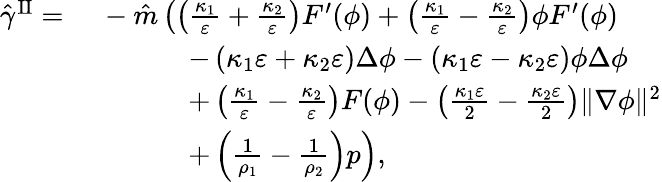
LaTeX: \begin{array}{rl}{\hat{\gamma}^{\mathrm{II}}=}&{~-\hat{m}\left(\left(\frac{\kappa_{1}}{\varepsilon}+\frac{\kappa_{2}}{\varepsilon}\right)F^{\prime}(\phi)+\left(\frac{\kappa_{1}}{\varepsilon}-\frac{\kappa_{2}}{\varepsilon}\right)\phi F^{\prime}(\phi)\right.}\\ &{~\quad\quad\quad\left.-\left(\kappa_{1}\varepsilon+\kappa_{2}\varepsilon\right)\Delta\phi-\left(\kappa_{1}\varepsilon-\kappa_{2}\varepsilon\right)\phi\Delta\phi\right.}\\ &{~\quad\quad\quad\left.+\left(\frac{\kappa_{1}}{\varepsilon}-\frac{\kappa_{2}}{\varepsilon}\right)F(\phi)-\left(\frac{\kappa_{1}\varepsilon}{2}-\frac{\kappa_{2}\varepsilon}{2}\right)\| \nabla\phi\| ^{2}\right.}\\ &{~\quad\quad\quad\left.+\left(\frac{1}{\rho_{1}}-\frac{1}{\rho_{2}}\right)p\right),}\end{array}